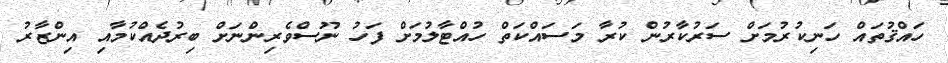
ހައްޤުތައް ހަނިކުރުމަށް ސަރުކާރުން ކުރާ މަސައްކަތް ހުއްޓާލުމަށް ފަހު ނޫސްވެރިންނަށް ބިރުދެއްކުމާއި އިންޒާރު